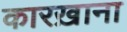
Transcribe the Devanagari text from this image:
कारख़ाना